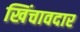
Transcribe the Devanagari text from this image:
खिंचावदार